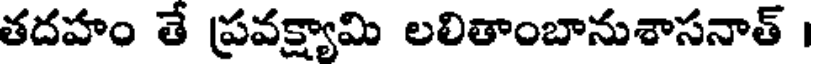
తదహం తే ప్రవక్ష్యామి లలితాంబానుశాసనాత్ ।